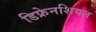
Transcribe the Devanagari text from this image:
डिफ्रेनशियल